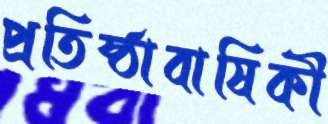
প্রতিষ্ঠাবাষিকী